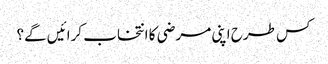
کس طرح اپنی مرضی کا انتخاب کرائیں گے؟